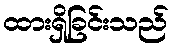
ထားရှိခြင်းသည်